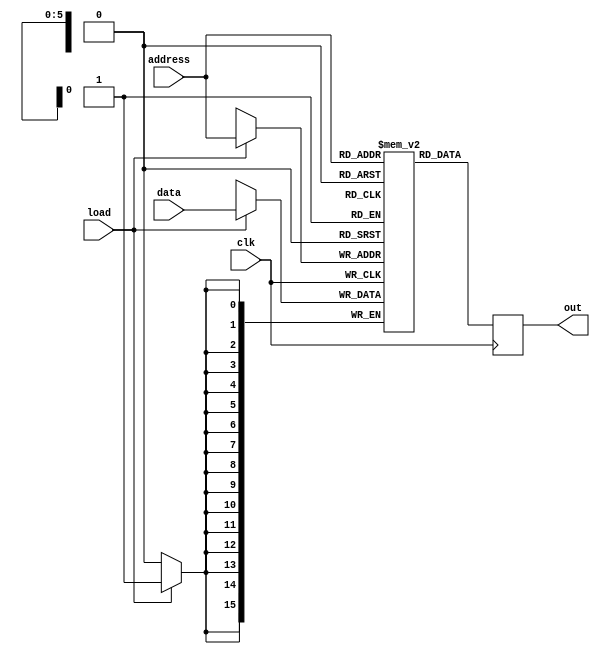
`timescale 1ns / 1ps
//////////////////////////////////////////////////////////////////////////////////
// Company: 
// Engineer: 
// 
// Design Name: 
// Module Name:    RAM64
// Project Name: 
// Target Devices: 
// Tool versions: 
// Description: 
//
// Dependencies: 
//
// Revision: 
// Revision 0.01 - File Created
// Additional Comments: 
//
//////////////////////////////////////////////////////////////////////////////////
module RAM64(
    input [0:15] data,
    input load,
    input [0:5] address,
    input clk,
    output [0:15] out
    );
	 
    reg [0:15] Data [0:63];
    reg [0:15] Out;

    always @(posedge clk)
     begin
      if (load)
        begin
          Data[address] <= data;
        end
          Out <= Data[address];
     end

    assign out = Out;
endmodule